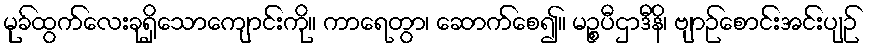
မုခ်ထွက်လေးခုရှိသောကျောင်းကို။ ကာရေတွာ၊ ဆောက်စေ၍။ မဉ္စပီဌာဒီနိ၊ ဗျာဉ်စောင်းအင်းပျဉ်